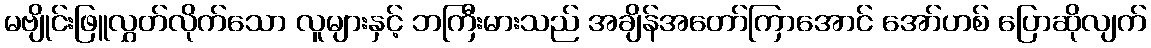
မဗျိုင်းဖြူလွှတ်လိုက်သော လူများနှင့် ဘကြီးမားသည် အချိန်အတော်ကြာအောင် အော်ဟစ် ပြောဆိုလျက်